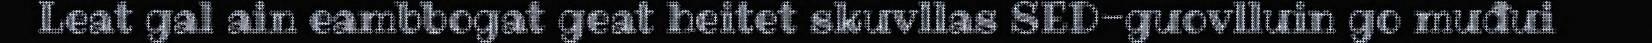
Leat gal ain eambbogat geat heitet skuvllas SED-guovlluin go muđui